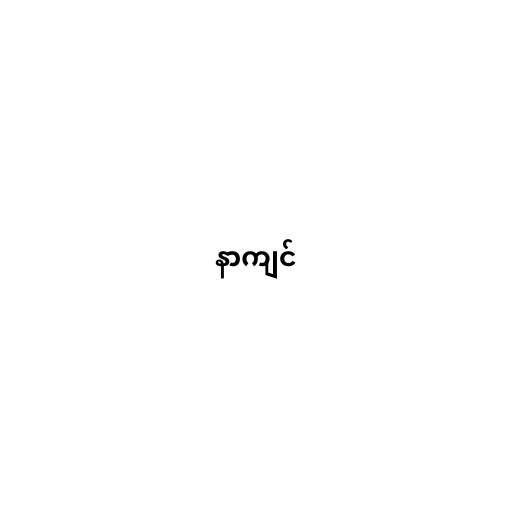
နာကျင်